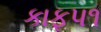
કાફ૫૧